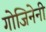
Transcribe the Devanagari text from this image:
गोजिनेनी